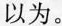
以为。